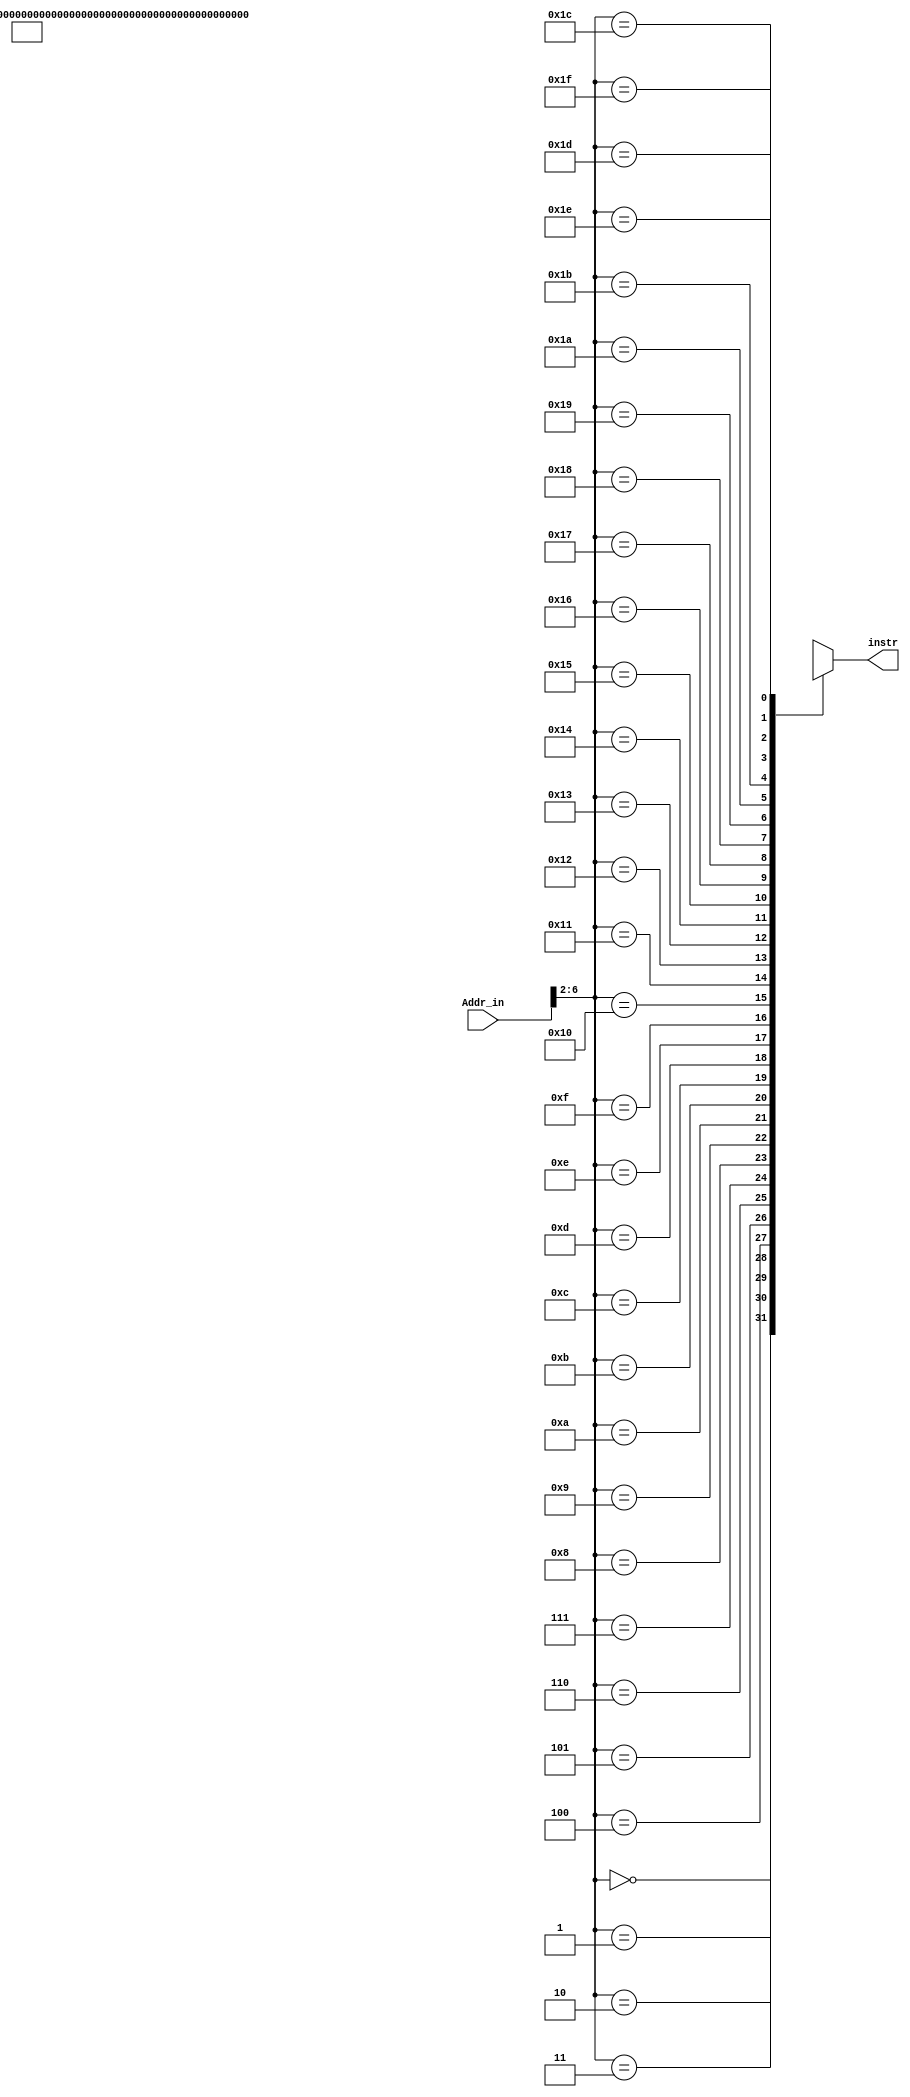
module IM(input [31:0] Addr_in,
          output reg [31:0] instr);
    
    reg [31:0]Instr[31:0];
    
    initial begin
        Instr[0] = {6'd54,5'd9,5'd10,5'd8,5'd0,6'd21};
        Instr[1] = {6'd54,5'd9,5'd10,5'd9,5'd0,6'd22};
        Instr[2] = {6'd54,5'd0,5'd12,5'd11,5'd2,6'd25};
        Instr[3] = {6'd54,5'd0,5'd15,5'd13,5'd5,6'd26};

        Instr[4] = {6'd39,5'd11,5'd8,16'd2};
        Instr[5] = {6'd40,5'd10,5'd19,16'd2};
        Instr[6] = {6'd39,5'd10,5'd20,16'd4};
        Instr[7] = {6'd39,5'd10,5'd8,16'd2};
        Instr[8] = {6'd40,5'd11,5'd20,16'd3};

        /*
        Instr[9] = {6'd54,5'd13,5'd12,5'd14,5'd0,6'd21};
        Instr[10] = {6'd54,5'd14,5'd13,5'd15,5'd0,6'd22};
        Instr[11] = {6'd40,5'd11,5'd19,16'd2};
        Instr[12] = {6'd39,5'd9,5'd19,16'd2};
        Instr[13] = {6'd40,5'd9,5'd11,16'd2};
        Instr[14] = {6'd54,5'd11,5'd10,5'd11,5'd0,6'd21};
        */
        instr = Instr[0];
    end

    always@(Addr_in)begin
        instr <= Instr[Addr_in>>2];
    end

endmodule